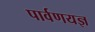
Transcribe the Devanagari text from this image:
पार्वणयज्ञ